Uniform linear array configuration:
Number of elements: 64
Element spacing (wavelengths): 1
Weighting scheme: blackman
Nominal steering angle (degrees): -45
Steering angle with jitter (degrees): -43.834
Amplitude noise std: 0.05
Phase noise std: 0.05

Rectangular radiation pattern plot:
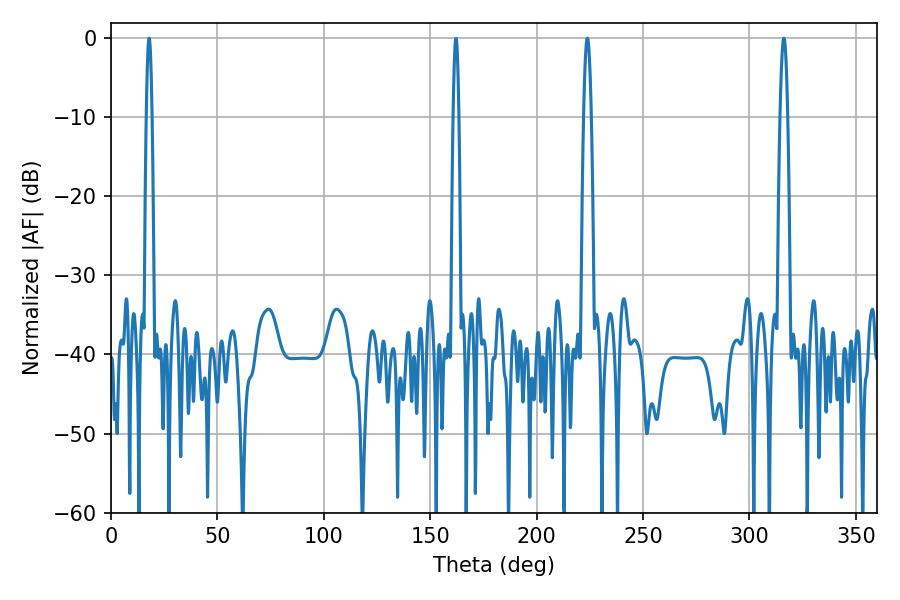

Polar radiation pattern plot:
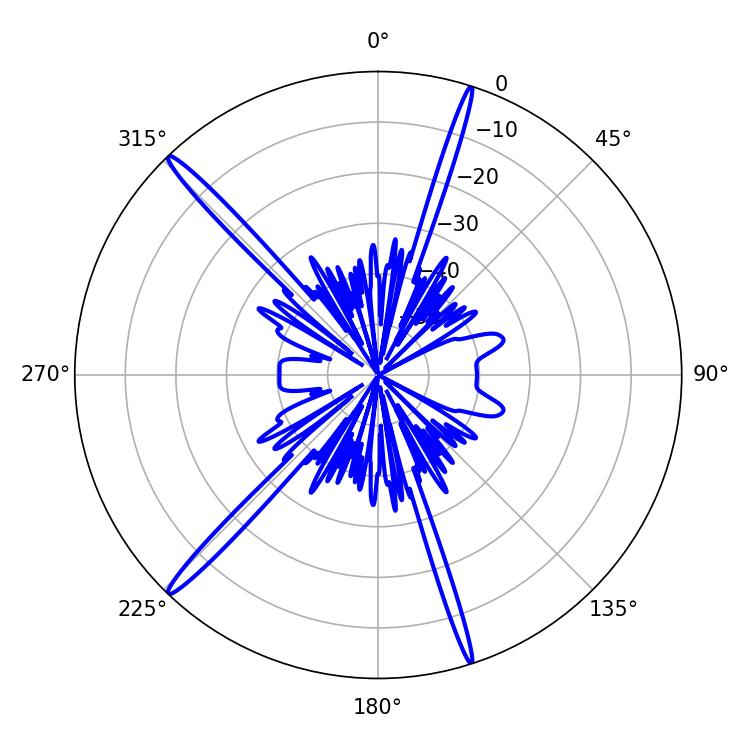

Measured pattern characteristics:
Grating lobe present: TRUE
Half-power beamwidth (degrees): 1.98
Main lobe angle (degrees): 316.08